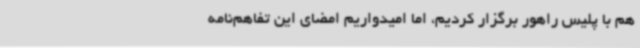
هم با پلیس راهور برگزار کردیم، اما امیدواریم امضای این تفاهم‌نامه